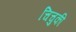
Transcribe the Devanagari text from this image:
चिचुकी